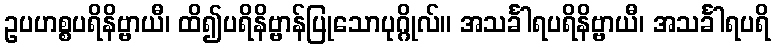
ဥပဟစ္စပရိနိဗ္ဗာယီ၊ ထိ၍ပရိနိဗ္ဗာန်ပြုသောပုဂ္ဂိုလ်။ အသင်္ခါရပရိနိဗ္ဗာယီ၊ အသင်္ခါရပရိ